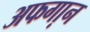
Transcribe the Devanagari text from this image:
अफगा़न